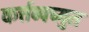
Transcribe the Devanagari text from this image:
कर्त्तव्यच्युत